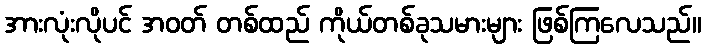
အားလုံးလိုပင် အဝတ် တစ်ထည် ကိုယ်တစ်ခုသမားများ ဖြစ်ကြလေသည်။